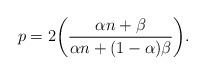
LaTeX: \begin{align*}p = 2 \bigg(\frac{\alpha n + \beta}{\alpha n + (1-\alpha) \beta} \bigg).\end{align*}